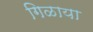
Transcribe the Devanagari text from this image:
गिळाया